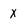
Character: x